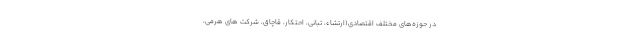
در حوزه‌های مختلف اقتصادی(ارتشاء، تبانی، احتکار، قاچاق، شرکت های هرمی،